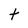
Character: t